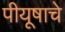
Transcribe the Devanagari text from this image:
पीयूषाचे